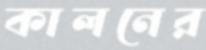
কালনের